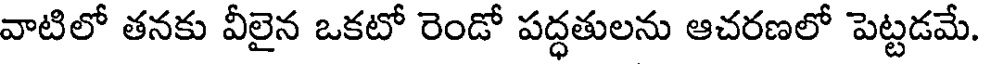
వాటిలో తనకు వీలైన ఒకటో రెండో పద్ధతులను ఆచరణలో పెట్టడమే.